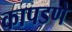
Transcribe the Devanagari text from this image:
कापडणे